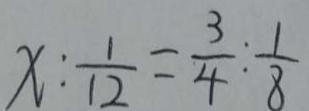
x : \frac { 1 } { 1 2 } = \frac { 3 } { 4 } : \frac { 1 } { 8 }